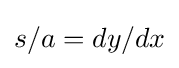
{\textstyle s/a=dy/dx}